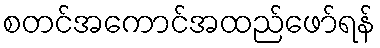
စတင်အကောင်အထည်ဖော်ရန်